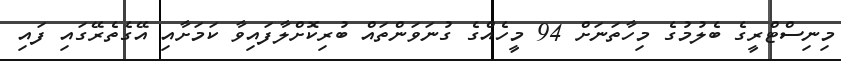
މިނިސްޓްރީގެ ބެލުމުގެ މިހާތަނަށް 94 މީހެއްގެ ގުނަވަންތައް ބުރިކޮށްލާފައިވާ ކަމަށާއި އޭގެތެރޭގައި ފައި